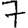
Digit: 7